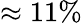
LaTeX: \approx 11\%